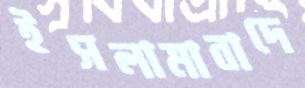
ইসলামাবাদে